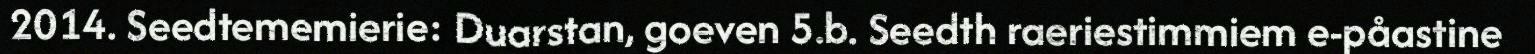
2014. Seedtememierie: Duarstan, goeven 5.b. Seedth raeriestimmiem e-påastine